Madras plague regulations in force outside the Presidency town - Volume 3
Disease focus: Plague
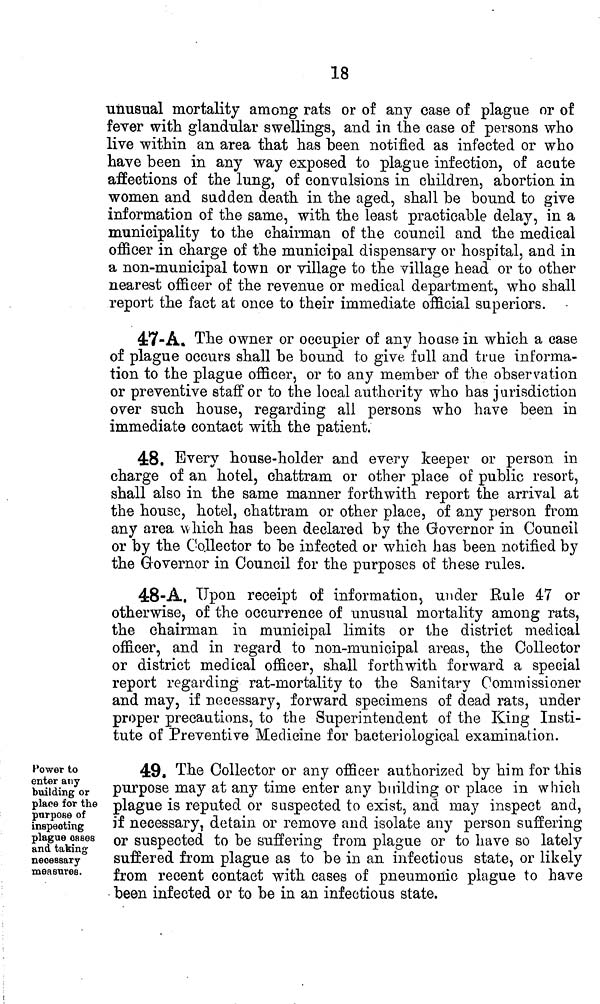
18
unusual mortality among rats or of any case of plague or of
fever with glandular swellings, and in the case of persons who
live within an area that has been notified as infected or who
have been in any way exposed to plague infection, of acute
affections of the lung, of convulsions in children, abortion in
women and sudden death in the aged, shall be bound to give
information of the same, with the least practicable delay, in a
municipality to the chairman of the council and the medical
officer in charge of the municipal dispensary or hospital, and in
a non-municipal town or village to the village head or to other
nearest officer of the revenue or medical department, who shall
report the fact at once to their immediate official superiors.
47-A. The owner or occupier of any house in which a case
of plague occurs shall be bound to give full and true informa-
tion to the plague officer, or to any member of the observation
or preventive staff or to the local authority who has jurisdiction
over such house, regarding all persons who have been in
immediate contact with the patient.
48. Every house-holder and every keeper or person in
charge of an hotel, chattram or other place of public resort,
shall also in the same manner forthwith report the arrival at
the house, hotel, chattram or other place, of any person from
any area which has been declared by the Governor in Council
or by the Collector to be infected or which bas been notified by
the Governor in Council for the purposes of these rules.
48-A. Upon receipt of information, under Bule 47 or
otherwise, of the occurrence of unusual mortality among rats,
the chairman in municipal limits or the district medical
officer, and in regard to non-municipal areas, the Collector
or district medical officer, shall forthwith forward a special
report regarding rat-mortality to the Sanitary Commissioner
and may, if necessary, forward specimens of dead rats, under
proper precautions, to the Superintendent of the King Insti-
tute of Preventive Medicine for bacteriological examination.
Power to
enter any
building or
place for the
purpose of
inspecting
plague cases
and taking
necessary
measures.
49. The Collector or any officer authorized by him for this
purpose may at any time enter any building or place in which
plague is reputed or suspected to exist, and may inspect and,
if necessary, detain or remove and isolate any person suffering
or suspected to be suffering from plague or to have so lately
suffered from plague as to be in an infectious state, or likely
from recent contact with cases of pneumonic plague to have
been infected or to be in an infectious state.